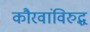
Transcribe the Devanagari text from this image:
कौरवांविरुद्ध